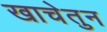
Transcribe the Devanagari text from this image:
खाचेतुन